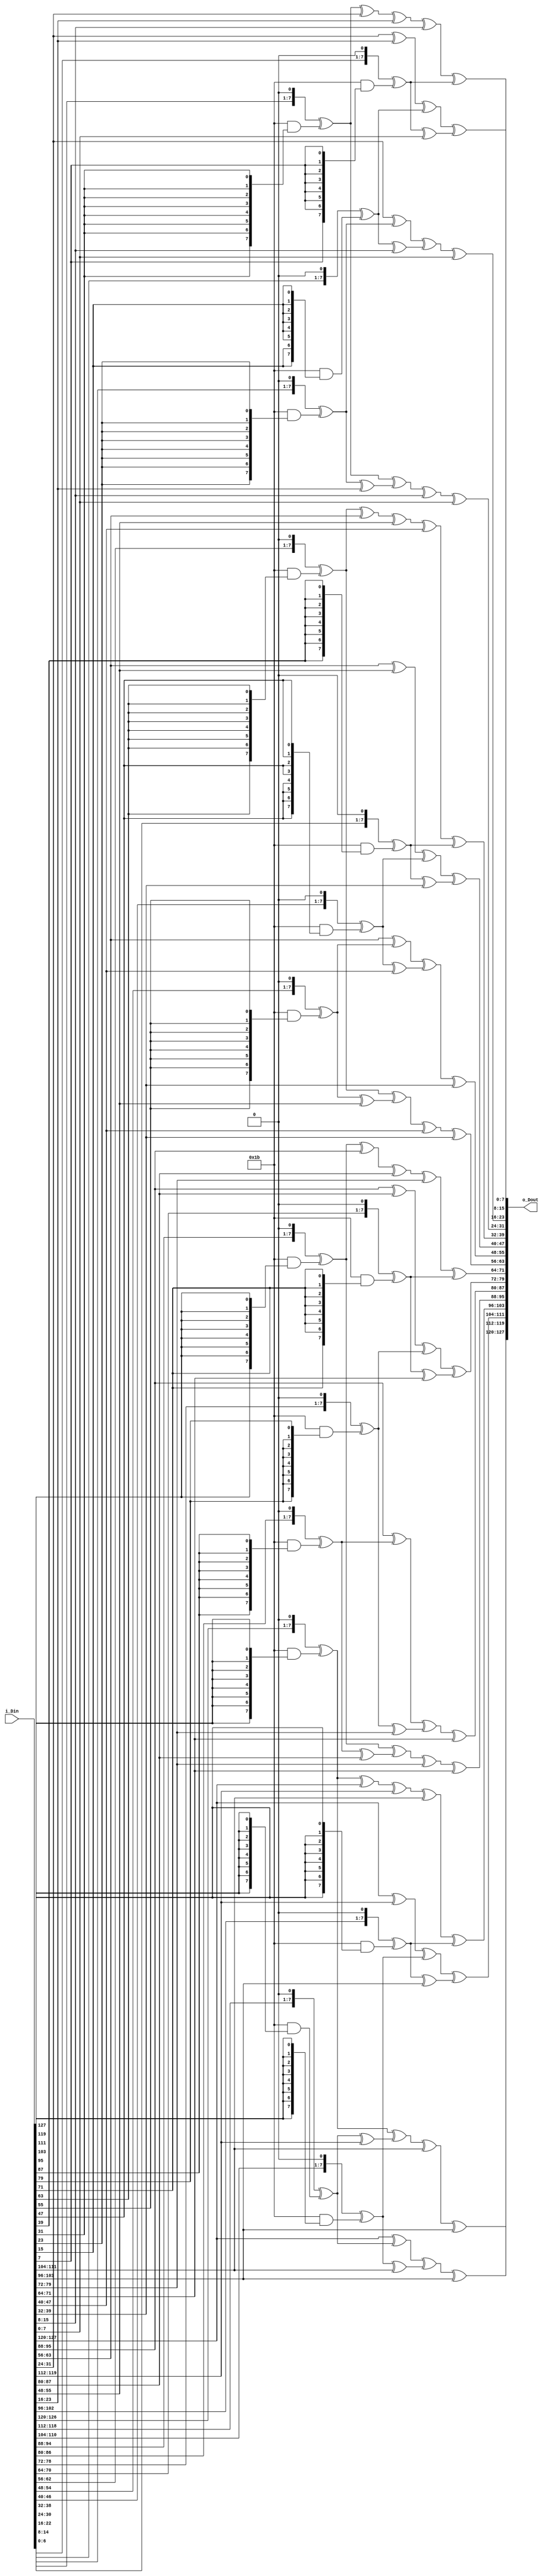
/*-----------------------------------------------------------------------
				mix columns transformation
-----------------------------------------------------------------------*/
module Mix_Columns_Enc
	(
	input [127:0] i_Din, // Data input to be transformed
	output[127:0] o_Dout
	);
//-------------instantiation---------------	
assign o_Dout[127:096]= Map_One_Col(i_Din[127:096]);
assign o_Dout[095:064]= Map_One_Col(i_Din[095:064]);
assign o_Dout[063:032]= Map_One_Col(i_Din[063:032]);
assign o_Dout[031:000]= Map_One_Col(i_Din[031:000]);

/*-----------------------------------------------------------------------
			Function: one column mapping for MixColumns
-----------------------------------------------------------------------*/
function [31:0] Map_One_Col(input [31:0] i_Din);
reg [7:0] S0x2, S1x2, S2x2, S3x2;// intermediate Poly mult results
reg [7:0] S0x3, S1x3, S2x3, S3x3;
	begin
		S0x2=Poly_Mult_x2(i_Din[31:24]);   // X2
		S1x2=Poly_Mult_x2(i_Din[23:16]); 
		S2x2=Poly_Mult_x2(i_Din[15:08]); 
		S3x2=Poly_Mult_x2(i_Din[07:00]); 

		S0x3=Poly_Mult_x3(i_Din[31:24]);  //X3
		S1x3=Poly_Mult_x3(i_Din[23:16]); 
		S2x3=Poly_Mult_x3(i_Din[15:08]); 
		S3x3=Poly_Mult_x3(i_Din[07:00]); 

		Map_One_Col[31:24] = S0x2 ^ S1x3 ^ i_Din[15:8] ^ i_Din[7:0];// Sum terms over GF(2)     
		Map_One_Col[23:16] = i_Din[31:24] ^ S1x2 ^ S2x3 ^ i_Din[7:0];//    The poly used in the MIXCOLUMN is    (02  03  01  01)
		Map_One_Col[15:08] = i_Din[31:24] ^ i_Din[23:16] ^ S2x2 ^ S3x3;	//										(01  02  03  01)
		Map_One_Col[07:00] = S0x3 ^ i_Din[23:16] ^ i_Din[15:8] ^ S3x2;//										(01  01  02  03)
	end																//											(03  01  01  02)
endfunction
/*-----------------------------------------------------------------------
		Function: multiplies input poly by {02} over GF(2^8) and reduces
				mod m(x) = x^8 + x^4 + x^3 + x + 1
-----------------------------------------------------------------------*/

function [7:0] Poly_Mult_x2 (input [7:0] i_Din);
	begin
		Poly_Mult_x2 = {i_Din[6:0],1'b0}^(8'h1b&{8{i_Din[7]}});
	end
endfunction
/*-----------------------------------------------------------------------
		Function: multiplies input poly by {03} over GF(2^8) and reduces
				mod m(x) = x^8 + x^4 + x^3 + x + 1
-----------------------------------------------------------------------*/

function [7:0] Poly_Mult_x3 (input [7:0] i_Din);
	begin
		Poly_Mult_x3 =Poly_Mult_x2(i_Din)^i_Din;
	end
endfunction


endmodule